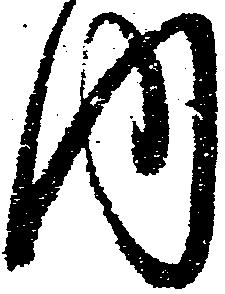
内